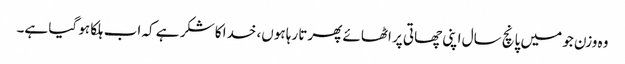
وہ وزن جو میں پانچ سال اپنی چھاتی پر اٹھائے پھرتا رہا ہوں، خدا کا شکر ہے کہ اب ہلکا ہو گیا ہے۔